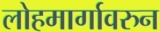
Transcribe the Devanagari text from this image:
लोहमार्गावरुन